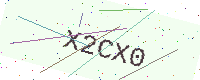
Text: X2CX0